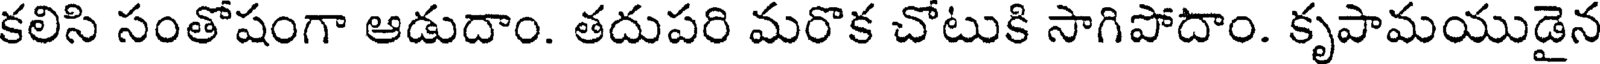
కలిసి సంతోషంగా ఆడుదాం. తదుపరి మరొక చోటుకి సాగిపోదాం. కృపామయుడైన